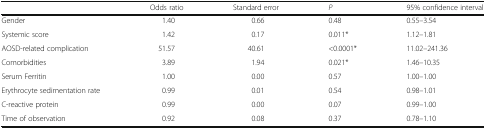
<table><thead><tr><td></td><td><b>Odds ratio</b></td><td><b>Standard error</b></td><td><b><i>P</i></b></td><td><b>95% confidence interval</b></td></tr></thead><tbody><tr><td>Gender</td><td>1.40</td><td>0.66</td><td>0.48</td><td>0.55–3.54</td></tr><tr><td>Systemic score</td><td>1.42</td><td>0.17</td><td>0.011*</td><td>1.12–1.81</td></tr><tr><td>AOSD-related complication</td><td>51.57</td><td>40.61</td><td>&lt;0.0001*</td><td>11.02–241.36</td></tr><tr><td>Comorbidities</td><td>3.89</td><td>1.94</td><td>0.021*</td><td>1.46–10.35</td></tr><tr><td>Serum Ferritin</td><td>1.00</td><td>0.00</td><td>0.57</td><td>1.00–1.00</td></tr><tr><td>Erythrocyte sedimentation rate</td><td>0.99</td><td>0.01</td><td>0.54</td><td>0.98–1.01</td></tr><tr><td>C-reactive protein</td><td>0.99</td><td>0.00</td><td>0.07</td><td>0.99–1.00</td></tr><tr><td>Time of observation</td><td>0.92</td><td>0.08</td><td>0.37</td><td>0.78–1.10</td></tr></tbody></table>